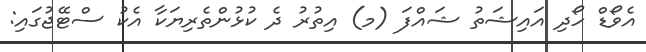
އެވޯޑް ހޯދި އައިޝަތު ޝައްފަ (މ) އިތުރު ދެ ކުޅުންތެރިޔަކާ އެކު ސްޓޭޖުގައި: